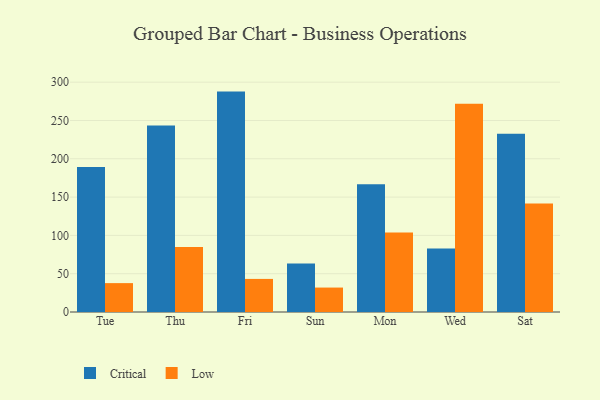
{"axis": {"x": "Day", "y": "Bounce Rate (%)"}, "legend": ["Critical", "Low"], "data": [{"x": "Tue", "y": 189.4, "type": "Critical"}, {"x": "Tue", "y": 37.7, "type": "Low"}, {"x": "Thu", "y": 243.3, "type": "Critical"}, {"x": "Thu", "y": 84.9, "type": "Low"}, {"x": "Fri", "y": 287.7, "type": "Critical"}, {"x": "Fri", "y": 43.2, "type": "Low"}, {"x": "Sun", "y": 63.2, "type": "Critical"}, {"x": "Sun", "y": 31.9, "type": "Low"}, {"x": "Mon", "y": 166.7, "type": "Critical"}, {"x": "Mon", "y": 103.8, "type": "Low"}, {"x": "Wed", "y": 82.9, "type": "Critical"}, {"x": "Wed", "y": 271.7, "type": "Low"}, {"x": "Sat", "y": 232.7, "type": "Critical"}, {"x": "Sat", "y": 141.7, "type": "Low"}]}